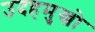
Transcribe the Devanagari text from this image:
उदहमुखो